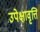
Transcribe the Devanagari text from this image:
उपेक्षावृत्ति